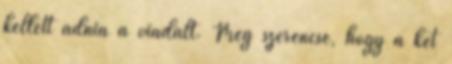
kellett adnia a viadalt. Még szerencse, hogy a két